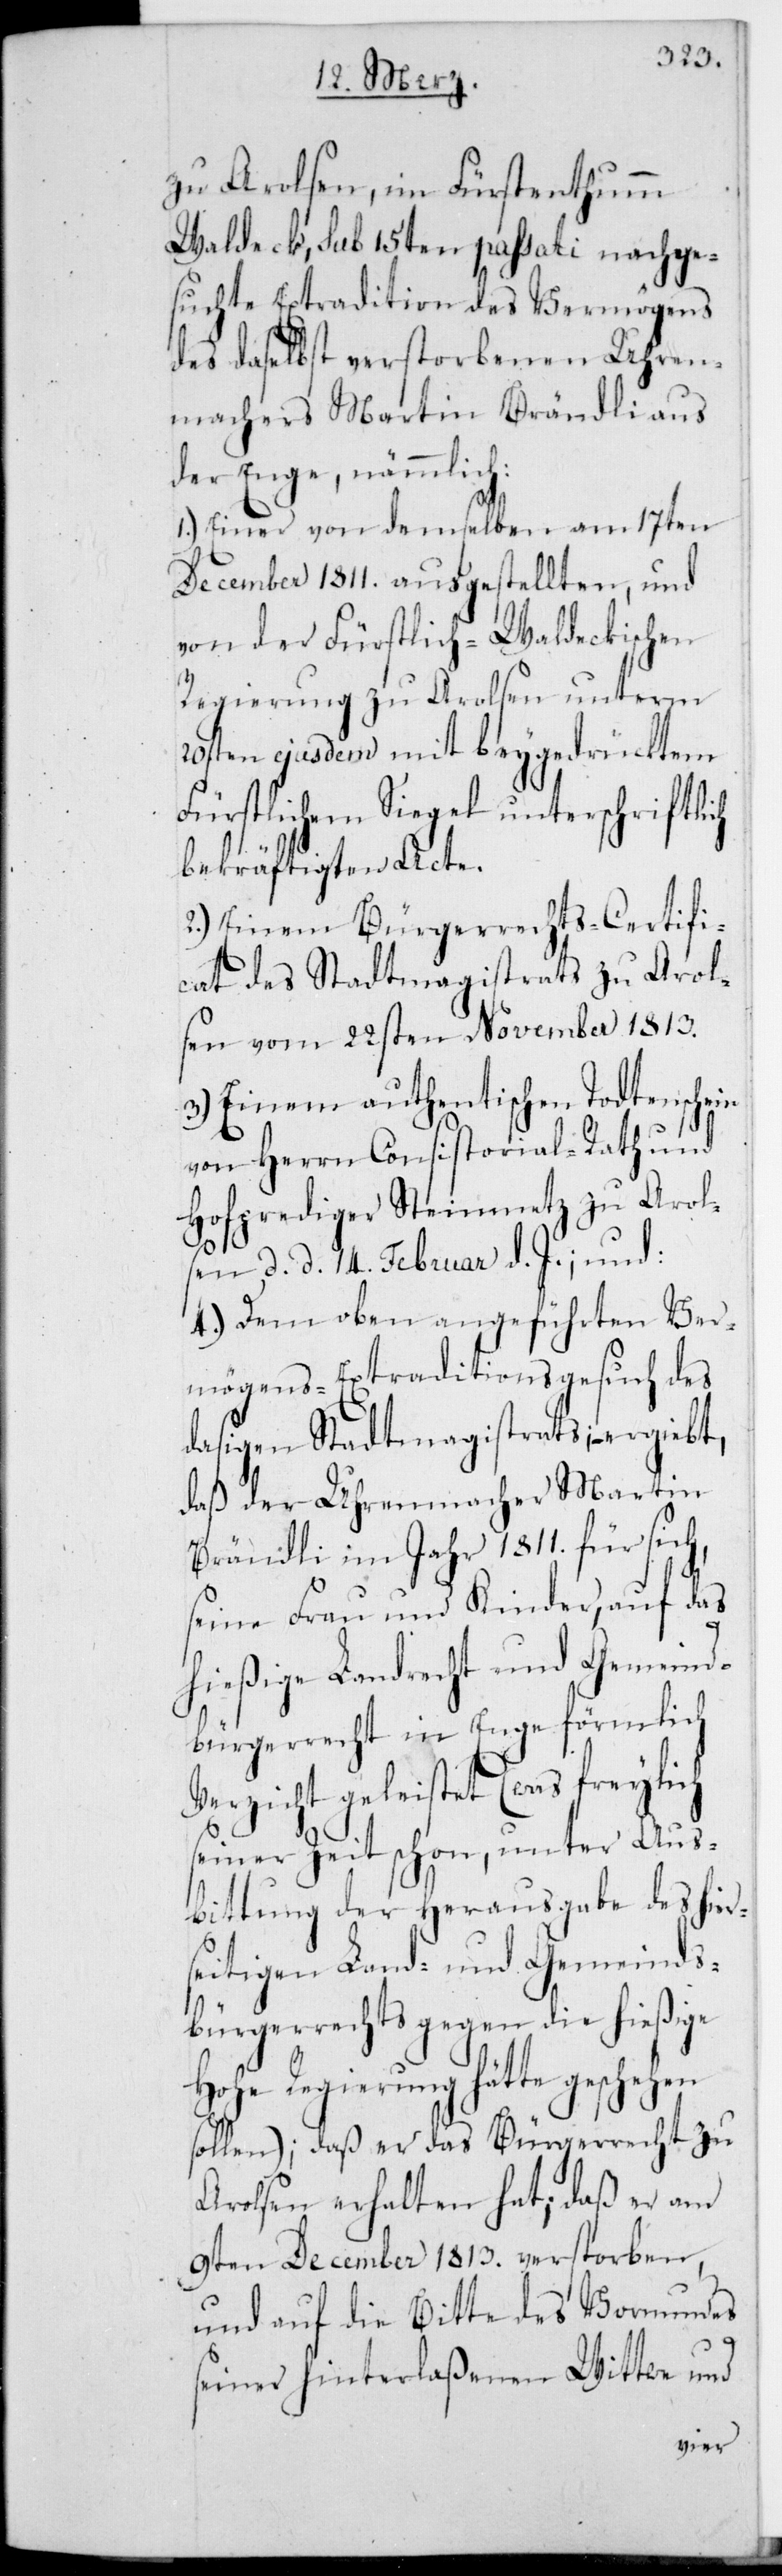
zu Arolsen, im Fürstentum
Waldeck, sub 15ten passati nachge¬
suchte Extradition des Vermögens
des daselbst verstorbenen Uhren¬
machers Martin Brändli aus
der Enge, nämmlich:
1.) Einer von demselben am 17ten
December 1811. ausgestellten, und
von der Fürstlich-Waldeckischen
Regierung zu Arolsen unterm
20sten ejusdem mit beygedrücktem
Fürstlichen Siegel unterschriftlich
bekräftigten Acte.
2.) Einem Bürgerrechts-Certifi¬
cat des Stadtmagistrats zu Arol¬
sen vom 22sten November 1813.
3.) Einem authentischen Todtenschein
von Herrn Consistorial-Rath und
Hofprediger Steinmetz zu Arols¬
en, d. d. 14. Februar d. J., und:
4.) Dem oben angeführten Ver¬
mögens-Extraditionsgesuch des
dasigen Stadtmagistrats; – ergiebt,
daß der Uhremacher Martin
Brändli im Jahr 1811. für sich,
seine Frau und Kinder, auf das
hießige Landrecht und Gemeind¬
bürgerrecht in Enge förmlich
Verzicht geleistet (was freylich
seiner Zeit schon, unter Aus¬
bittung der Herausgabe des hier¬
seitigen Land- und Gemeinds-B¬
ürgerrecht gegen die hießige
Hohe Regierung hätte geschehen
sollen); daß er das Bürgerrecht zu
Arolsen erhalten hat; daß er am
9ten December 1813. verstorben,
und auf die Bitte des Vormunds
seiner hinterlaßenen Wittwe und